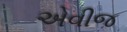
એવીજ